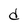
Character: d